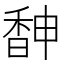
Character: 𩡃